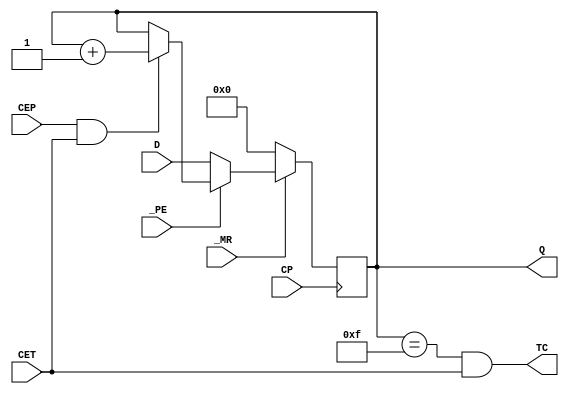
module hct74163
(
  input CP,       // clock
  input _MR,      // master reset
  input CEP,       // count enable input
  input CET,       // count enable carry input
  input _PE,        // parallel enable
  input [3:0] D,   // 4-bit parallel input

  output [3:0] Q,  // Parallel outputs
  output TC         // terminal count output
);

parameter NAME="74163";

// Timing from HCT https://assets.nexperia.com/documents/data-sheet/74HC_HCT163.pdf
specify
  (CP *> Q) = (20);
  (CP *> TC) = (25);
  (CET *> TC) = (14);
endspecify

reg [3:0] count;

if (0) always @* begin
    $display(
        "%9t ", $time,
        "%s   ", NAME,
        " CP=%1b", CP,
        " _MR=%1b", _MR,
        " Q=%4b", Q,
        "       %m" 
    );
end

always @(posedge CP)
begin
  if (~_MR)
  begin
    count <= 4'b0000;
  end
  else if (~_PE)
  begin
    count <= D;
  end
  else if (CEP & CET)
  begin
    count <= count + 1;
  end
end

assign #20 Q = count;
assign #25 TC = (count == 4'b1111) & CET;

// set a default "random" but recognizable value
initial begin
    count=4'bxxxx;
end


endmodule